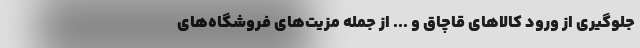
جلوگیری از ورود کالاهای قاچاق و ... از جمله مزیت‌های فروشگاه‌های